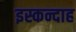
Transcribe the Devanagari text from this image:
इस्कन्दाह